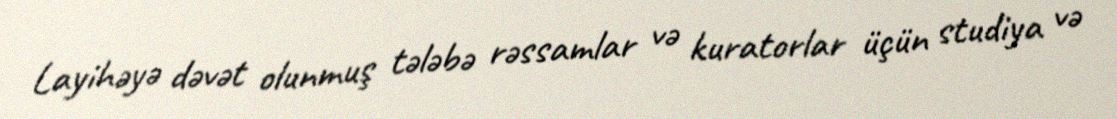
Layihəyə dəvət olunmuş tələbə rəssamlar və kuratorlar üçün studiya və